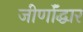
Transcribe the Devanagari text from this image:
जीर्णॉद्धार